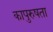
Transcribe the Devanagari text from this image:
कापुरुषता